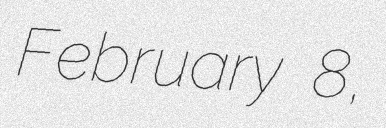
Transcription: February 8,